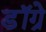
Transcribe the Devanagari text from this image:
डॉग्रे